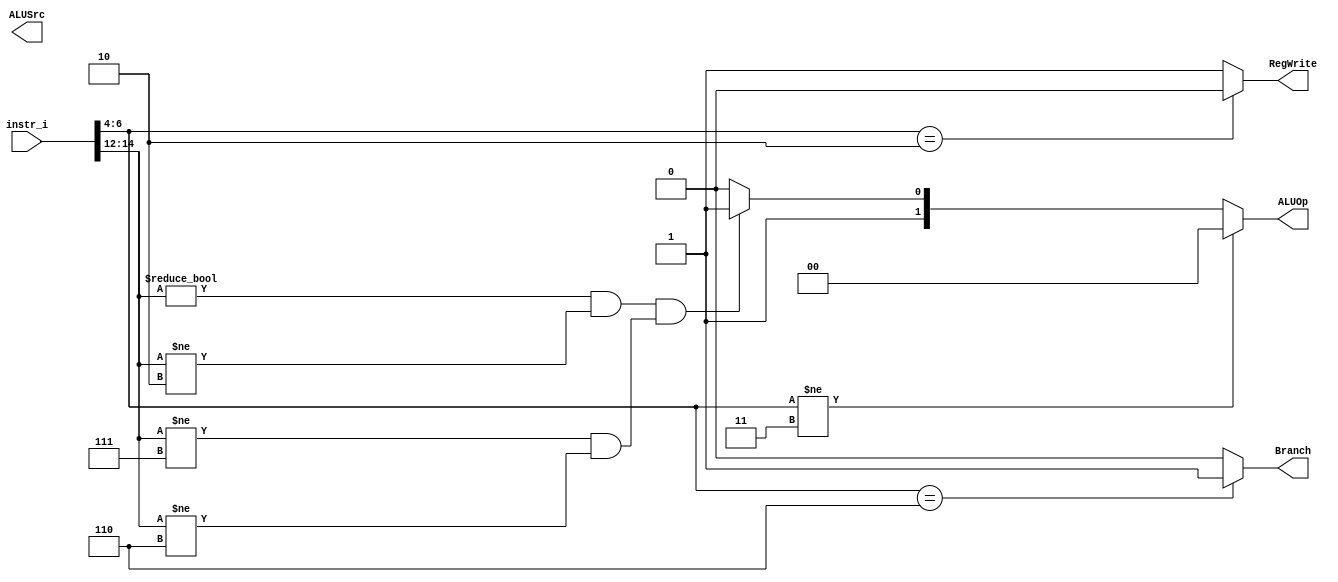
`timescale 1ns/1ps

module Decoder(
	input	[32-1:0] 	instr_i,
	output wire			ALUSrc,
	output wire			RegWrite,
	output wire			Branch,
	output wire [2-1:0]	ALUOp
	);
	
//Internal Signals
wire	[7-1:0]		opcode;
wire 	[3-1:0]		funct3;
wire	[3-1:0]		Instr_field;
wire	[9-1:0]		Ctrl_o;

/* Write your code HERE */

assign opcode = instr_i[6:0];
assign funct3 = instr_i[14:12];
assign RegWrite = (opcode[6:4] == 3'b010)? 0 : 1;

assign ALUOp = (opcode[6:4] != 3'b011) ? 2'b00 : (funct3 != 3'b000 && funct3 != 3'b010 && funct3 != 3'b111 & funct3!= 3'b110)?2'b11 :2'b10;

assign Branch = (opcode[6:4]==3'b110)? 1 : 0;



endmodule